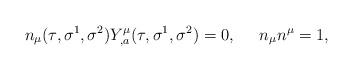
LaTeX: \begin{align*}n_{\mu}(\tau,\sigma^1,\sigma^2)Y^{\mu}_{,a}(\tau,\sigma^1,\sigma^2) = 0, \;\;\;\;\; n_{\mu}n^{\mu}=1,\end{align*}